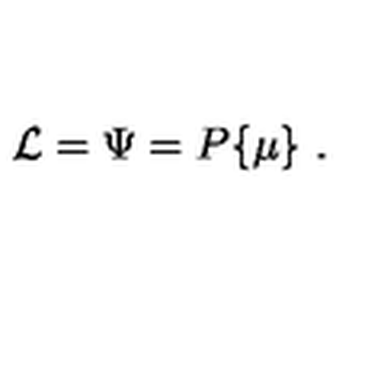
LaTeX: { \cal L } = \Psi = P \{ \mu \} \ .